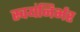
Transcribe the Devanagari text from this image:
स्‍वयंनिर्भर